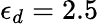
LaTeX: \epsilon_{d}=2.5